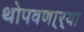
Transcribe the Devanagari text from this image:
थोपवणा्र्‍या